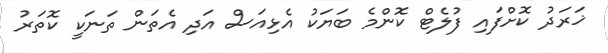
ޚަރަދު ކޮށްފައި ފުލެޓް ކޮންމެ ބަޔަކު އެޅިއަސް އަދި އެތަން ތަނަކީ ކޮތަރު